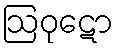
ဩဝုဋော